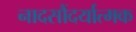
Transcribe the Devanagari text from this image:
नादसौंदर्यात्मक